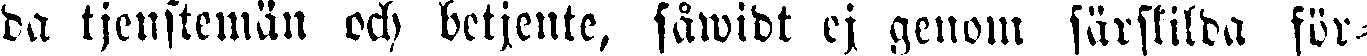
da tjenstemän och betjente, såwidt ej genom särskilda för-